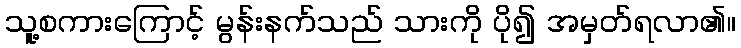
သူ့စကားကြောင့် မွန်းနက်သည် သားကို ပို၍ အမှတ်ရလာ၏။